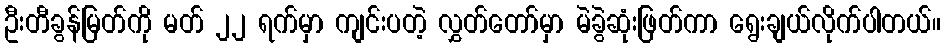
ဦးတီခွန်မြတ်ကို မတ် ၂၂ ရက်မှာ ကျင်းပတဲ့ လွှတ်တော်မှာ မဲခွဲဆုံးဖြတ်ကာ ရွေးချယ်လိုက်ပါတယ်။